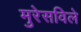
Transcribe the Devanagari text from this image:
मुरेसविले